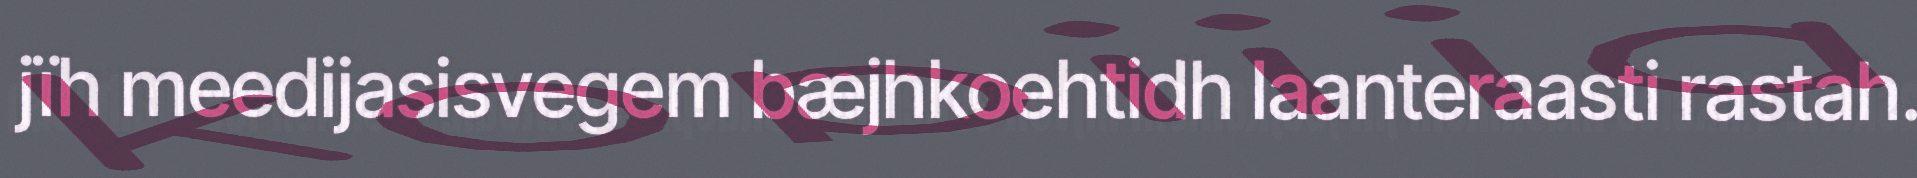
jïh meedijasisvegem bæjhkoehtidh laanteraasti rastah.